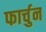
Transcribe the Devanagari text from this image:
फार्चुन